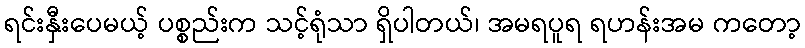
ရင်းနှီးပေမယ့် ပစ္စည်းက သင့်ရုံသာ ရှိပါတယ်၊ အမရပူရ ရဟန်းအမ ကတော့